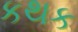
કથક